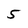
Character: 5